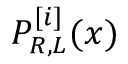
P _ { R , L } ^ { [ i ] } ( x )